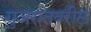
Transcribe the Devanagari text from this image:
गुजरातवरील